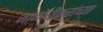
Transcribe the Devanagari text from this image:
जानोरीकरांच्या